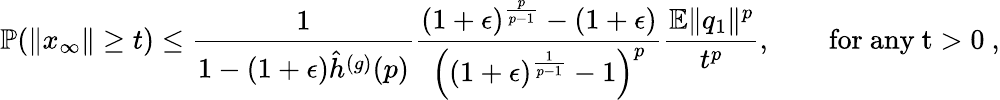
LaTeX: \mathbb{P}(\Vert x_{\infty}\Vert\geq t)\leq\frac{1}{1-(1+\epsilon)\hat{h}^{(g)}(p)}\frac{(1+\epsilon)^{\frac{p}{p-1}}-(1+\epsilon)}{\left((1+\epsilon)^{\frac{1}{p-1}}-1\right)^{p}}\frac{\mathbb{E}\Vert q_{1}\Vert^{p}}{t^{p}},\qquad\mathrm{for~any~t>0~},